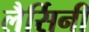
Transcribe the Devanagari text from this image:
लैर्सिनी